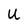
Character: U